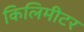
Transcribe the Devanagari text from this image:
किलिमीटर